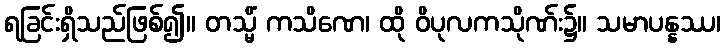
ရခြင်းရှိသည်ဖြစ်၍။ တသ္မိံ ကသိဏေ၊ ထို ဝိပုလကသိုဏ်း၌။ သမာပန္နဿ၊